Studies on the mouth parts a Comparative anatomy of the proboscis in the blood-sucking muscidae - Number 60
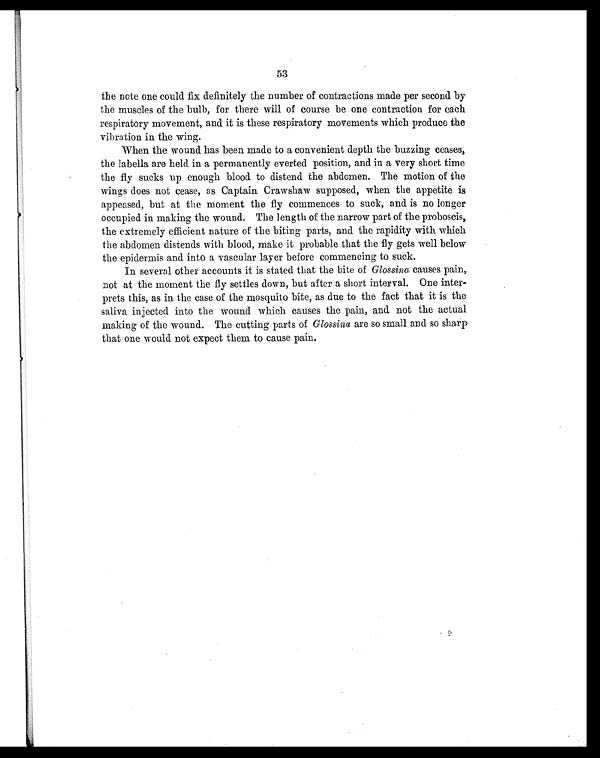
53
the note one could fix definitely the number of contractions made per second by
the muscles of the bulb, for there will of course be one contraction for each
respiratory movement, and it is these respiratory movements which produce the
vibration in the wing.
When the wound has been made to a convenient depth the buzzing ceases,
the labella are held in a permanently everted position, and in a very short time
the fly sucks up enough blood to distend the abdomen. The motion of the
wings does not cease, as Captain Crawshaw supposed, when the appetite is
appeased, but at the moment the fly commences to suck, and is no longer
occupied in making the wound. The length of the narrow part of the proboscis,
the extremely efficient nature of the biting parts, and the rapidity with which
the abdomen distends with blood, make it probable that the fly gets well below
the epidermis and into a vascular layer before commencing to suck.
In several other accounts it is stated that the bite of Glossina causes pain,
not at the moment the fly settles down, but after a short interval. One inter-
prets this, as in the case of the mosquito bite, as due to the fact that it is the
saliva injected into the wound which causes the pain, and not the actual
making of the wound. The cutting parts of Glossina are so small and so sharp
that one would not expect them to cause pain.